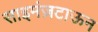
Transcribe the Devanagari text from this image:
साइमंज़टाऊन